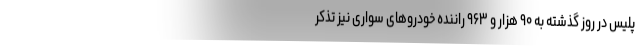
پلیس در روز گذشته به ۹۰ هزار و ۹۶۳ راننده خودروهای سواری نیز تذکر